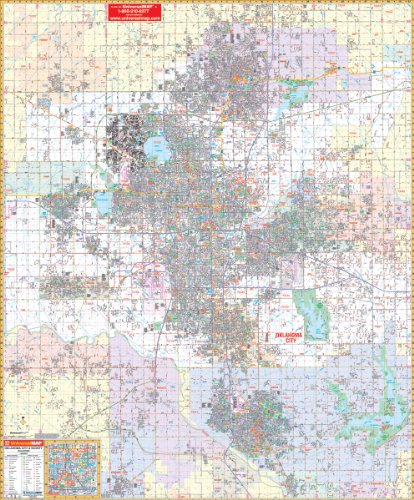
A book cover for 2009 Oklahoma City Wall Map; Universal Map; Travel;